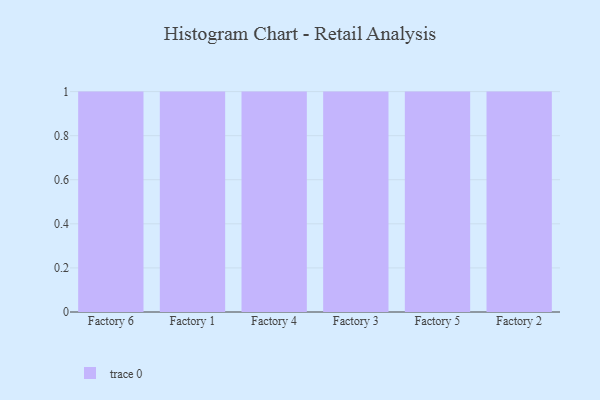
{"axis": {"x": "Factory", "y": "Customer Acquisition Cost (USD)"}, "legend": [""], "data": [{"x": "Factory 6", "y": 32, "type": ""}, {"x": "Factory 1", "y": 65, "type": ""}, {"x": "Factory 4", "y": 3, "type": ""}, {"x": "Factory 3", "y": 63, "type": ""}, {"x": "Factory 5", "y": 90, "type": ""}, {"x": "Factory 2", "y": 77, "type": ""}]}